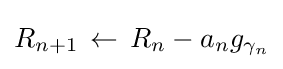
R_{n+1}\,\leftarrow \,R_{n}-a_{n}g_{\gamma _{n}}